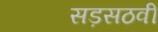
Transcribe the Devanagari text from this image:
सड़सठवीं